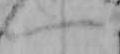
一